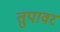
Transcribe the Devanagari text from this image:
तुपावर